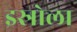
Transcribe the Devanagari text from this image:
इस्रोला